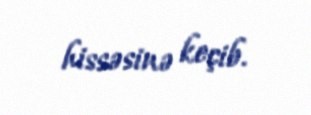
hissəsinə keçib.